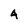
Character: 4